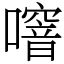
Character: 噾